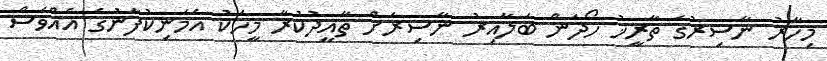
މިހާރު ނާސިރުގެ ތާރީޚު ހޯދަން ބަލާއިރު ނާސިރަށް ތާއީދުކުރާ މީހަކު އެމަނިކުފާނުގެ އެއްވެސް